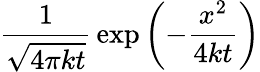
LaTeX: {\frac{1}{\sqrt{4\pi kt}}}\exp\left(-{\frac{x^{2}}{4kt}}\right)